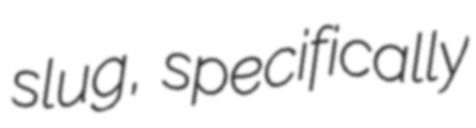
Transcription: slug, specifically